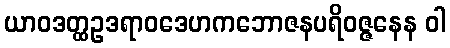
ယာဝဒတ္ထဥဒရာဝဒေဟကဘောဇနပရိဝဇ္ဇနေန ဝါ